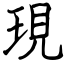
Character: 現